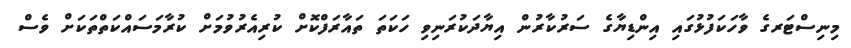
މިނިސްޓަރގެ ވާހަކަފުޅުގައި އިންޑިޔާގެ ސަރުކާރުން އިޔާދަކުރަނިވި ހަކަތަ ތައާރަފްކޮށް ކުރިއެރުވުމަށް ކުރާމަސައްކަތްތަކަށް ވެސް